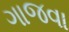
ગાજવા